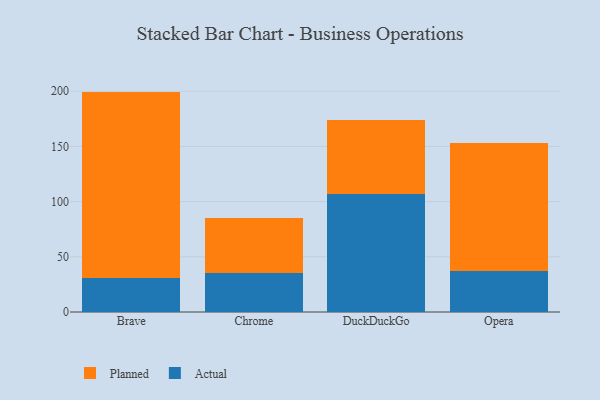
{"axis": {"x": "Browser", "y": "Backlog"}, "legend": ["Actual", "Planned"], "data": [{"x": "Brave", "y": 31.2, "type": "Actual"}, {"x": "Brave", "y": 168.5, "type": "Planned"}, {"x": "Chrome", "y": 35.0, "type": "Actual"}, {"x": "Chrome", "y": 50.4, "type": "Planned"}, {"x": "DuckDuckGo", "y": 106.6, "type": "Actual"}, {"x": "DuckDuckGo", "y": 67.4, "type": "Planned"}, {"x": "Opera", "y": 37.3, "type": "Actual"}, {"x": "Opera", "y": 115.8, "type": "Planned"}]}